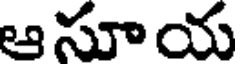
ఆసూయ